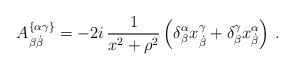
LaTeX: \begin{align*}A_{\beta\dot\beta}^{\{\alpha\gamma\}} = - 2i \,\frac{1}{x^2+\rho^2}\left( \delta^\alpha_\beta x^\gamma_{\dot\beta} + \delta^\gamma_\beta x^\alpha_{\dot\beta} \right)\, .\end{align*}